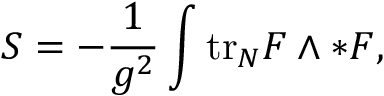
S = - \frac { 1 } { g ^ { 2 } } \int \mathrm { t r } _ { N } F \wedge * F ,